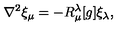
\nabla ^ { 2 } \xi _ { \mu } = - R _ { \mu } ^ { \lambda } [ g ] \xi _ { \lambda } ,